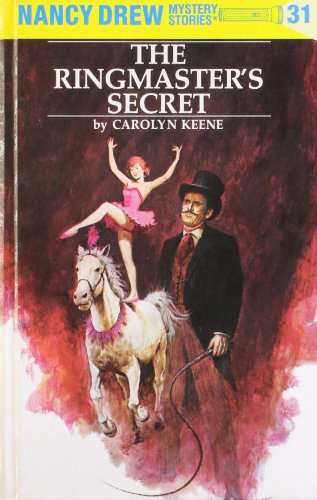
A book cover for Nancy Drew 31: the Ringmaster's Secret; Carolyn Keene; Crafts, Hobbies & Home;